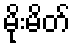
မိုးမိတ်